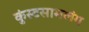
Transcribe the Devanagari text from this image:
कुंस्टसामलंग